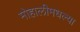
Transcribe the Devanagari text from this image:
मोहालीमधल्या